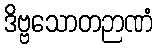
ဒိဗ္ဗသောတဉာဏံ